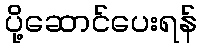
ပို့ဆောင်ပေးရန်